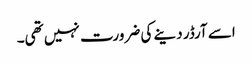
اسے آرڈر دینے کی ضرورت نہیں تھی۔